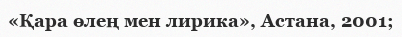
«Қара өлең мен лирика», Астана, 2001;